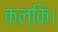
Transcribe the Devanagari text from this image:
कल्कि।